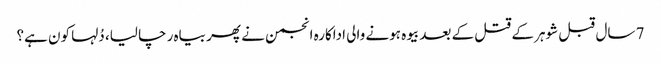
7 سال قبل شوہر کے قتل کے بعد بیوہ ہونے والی اداکارہ انجمن نے پھر بیاہ رچا لیا، دُلہا کون ہے؟